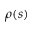
\rho ( s )